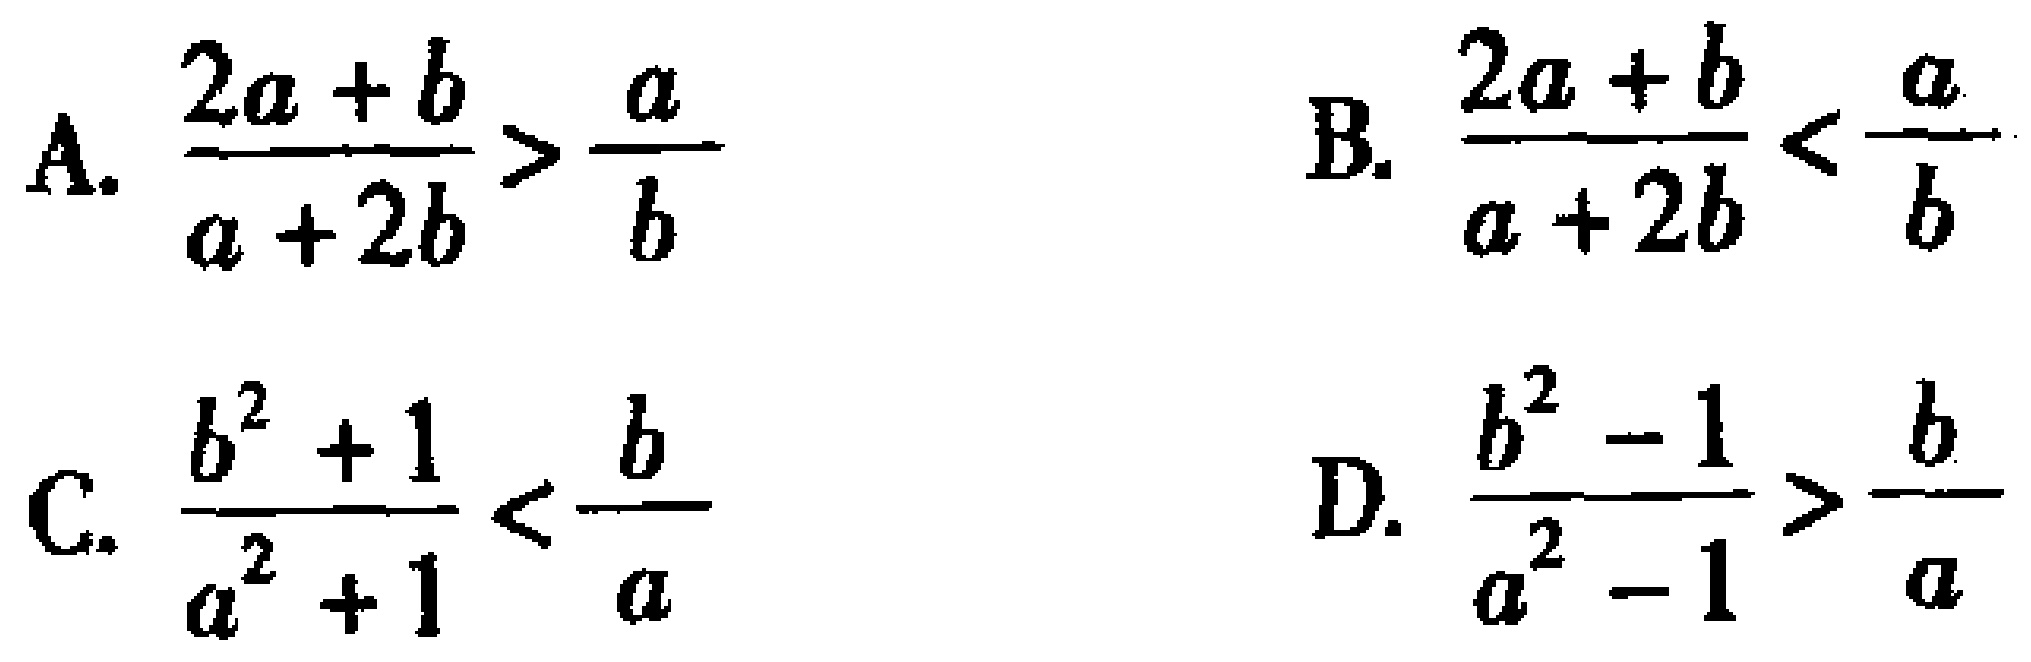
A. \(\frac{2a + b}{a + 2b}>\frac{a}{b}\)

B. \(\frac{2a + b}{a + 2b}<\frac{a}{b}\)

C. \(\frac{b^{2}+1}{a^{2}+1}<\frac{b}{a}\)

D. \(\frac{b^{2}-1}{a^{2}-1}>\frac{b}{a}\)